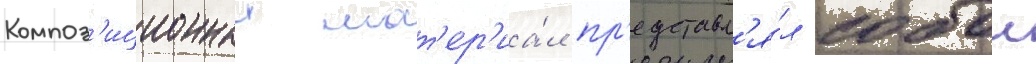
Композ'иционныи мат'ер'иа́л пр'едставл'я́л собои